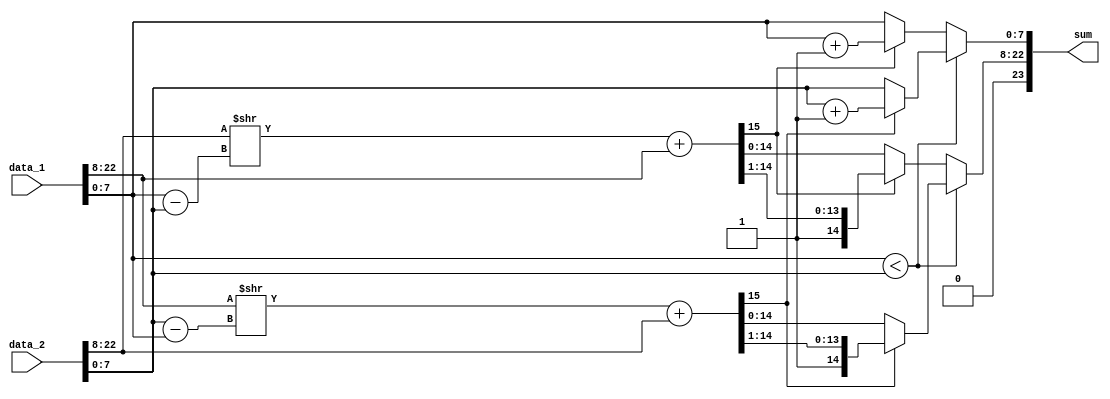
module Adder #(parameter word_size=24)(sum, data_1, data_2);

output reg [word_size-1: 0] sum;
input [word_size-1: 0] data_1, data_2;
wire [7:0]exponent_1;
wire [14:0]mantissa_1;
wire sign_1;
wire [7:0]exponent_2;
wire [14:0]mantissa_2;
wire sign_2;

assign exponent_1=data_1[7:0];
assign mantissa_1=data_1[word_size-2:8];
assign sign_1=data_1[word_size-1];

assign exponent_2=data_2[7:0];
assign mantissa_2=data_2[word_size-2:8];
assign sign_2=data_2[word_size-1];

 reg [14:0]shiftedmantissa;
 reg [15:0]mantissa_final;
 reg [7:0]exponent_final;
// wire[7:0] shiftexponent;
// assign exponent_2=data_2[7:0];
// wire lessthan=(exponent_1<exponent_2);

// assign shiftedmantissa = lessthan ?   mantissa_1 : mantissa_2 ;
// assign shiftexponent=lessthan? exponent_2-exponent_1:exponent_1-exponent_2;
// shifter#(word_size=15) shamt ( shiftedmantissa,  shiftexponent, out);

always @ (data_1 or data_2)
begin
if (exponent_1<exponent_2)
begin
shiftedmantissa=mantissa_1>>exponent_2-exponent_1;
mantissa_final=shiftedmantissa+mantissa_2;
if (mantissa_final [15]==1)
begin
mantissa_final=mantissa_final>>1;
exponent_final=exponent_2+1;
end
else
exponent_final=exponent_2;
end
else if (exponent_2<=exponent_1)
begin
shiftedmantissa=mantissa_2>>exponent_1-exponent_2;
mantissa_final=shiftedmantissa+mantissa_1;
if (mantissa_final [15]==1)
begin
mantissa_final=mantissa_final>>1;
exponent_final=exponent_1+1;
end
else
exponent_final=exponent_1;
end
sum={1'b0,mantissa_final[14:0],exponent_final};
end
endmodule